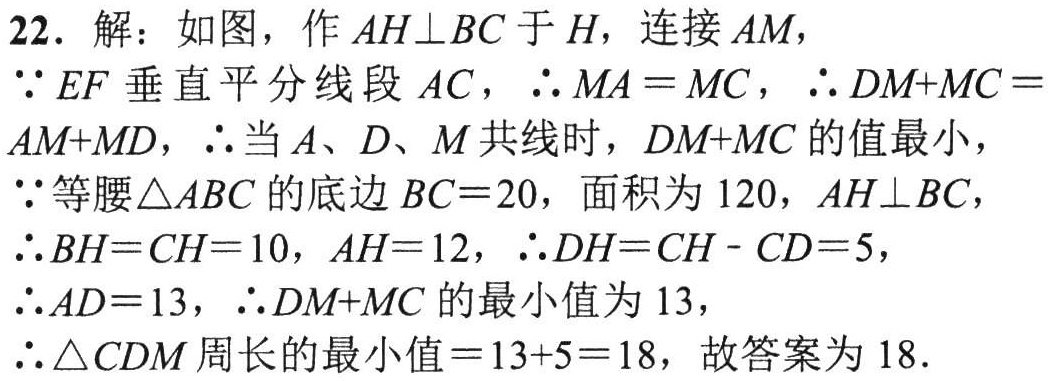
22. 解：如图，作 \(AH\perp BC\) 于 \(H\)，连接 \(AM\)，
\(\because EF\) 垂直平分线段 \(AC\)，\(\therefore MA = MC\)，\(\therefore DM + MC=AM + MD\)，\(\therefore\)当 \(A\)、\(D\)、\(M\) 共线时，\(DM + MC\) 的值最小，
\(\because\)等腰\(\triangle ABC\) 的底边 \(BC = 20\)，面积为 \(120\)，\(AH\perp BC\)，
\(\therefore BH = CH = 10\)，\(AH = 12\)，\(\therefore DH = CH - CD = 5\)，
\(\therefore AD = 13\)，\(\therefore DM + MC\) 的最小值为 \(13\)，
\(\therefore\triangle CDM\) 周长的最小值 \(= 13 + 5 = 18\)，故答案为 \(18\).